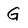
Character: G